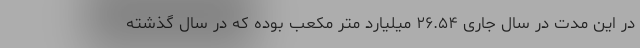
در این مدت در سال جاری ۲۶.۵۴ میلیارد متر مکعب بوده که در سال گذشته